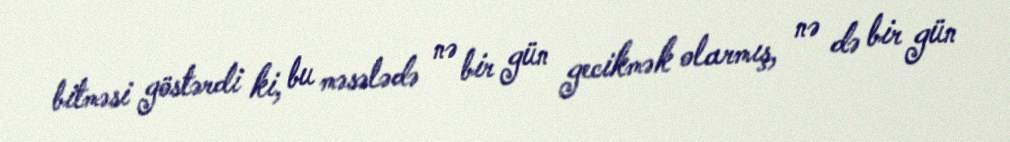
bitməsi göstərdi ki, bu məsələdə nə bir gün gecikmək olarmış, nə də bir gün